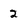
Character: 2